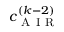
c _ { \mathrm { ~ A ~ I ~ R ~ } } ^ { ( k - 2 ) }